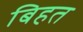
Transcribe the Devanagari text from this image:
बिहत